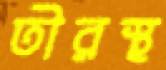
তীরস্থ